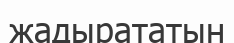
жадырататын